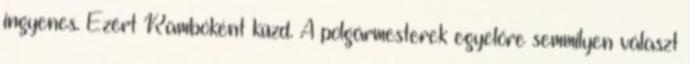
ingyenes. Ezért Rambóként küzd. A polgármesterek egyelőre semmilyen választ